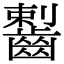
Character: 𪘼